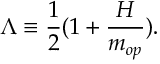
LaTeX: \Lambda \equiv \frac { 1 } { 2 } ( 1 + \frac { { \cal H } } { m _ { o p } } ) .